Maa-_ja_perenaiste_seltsid, lk 92
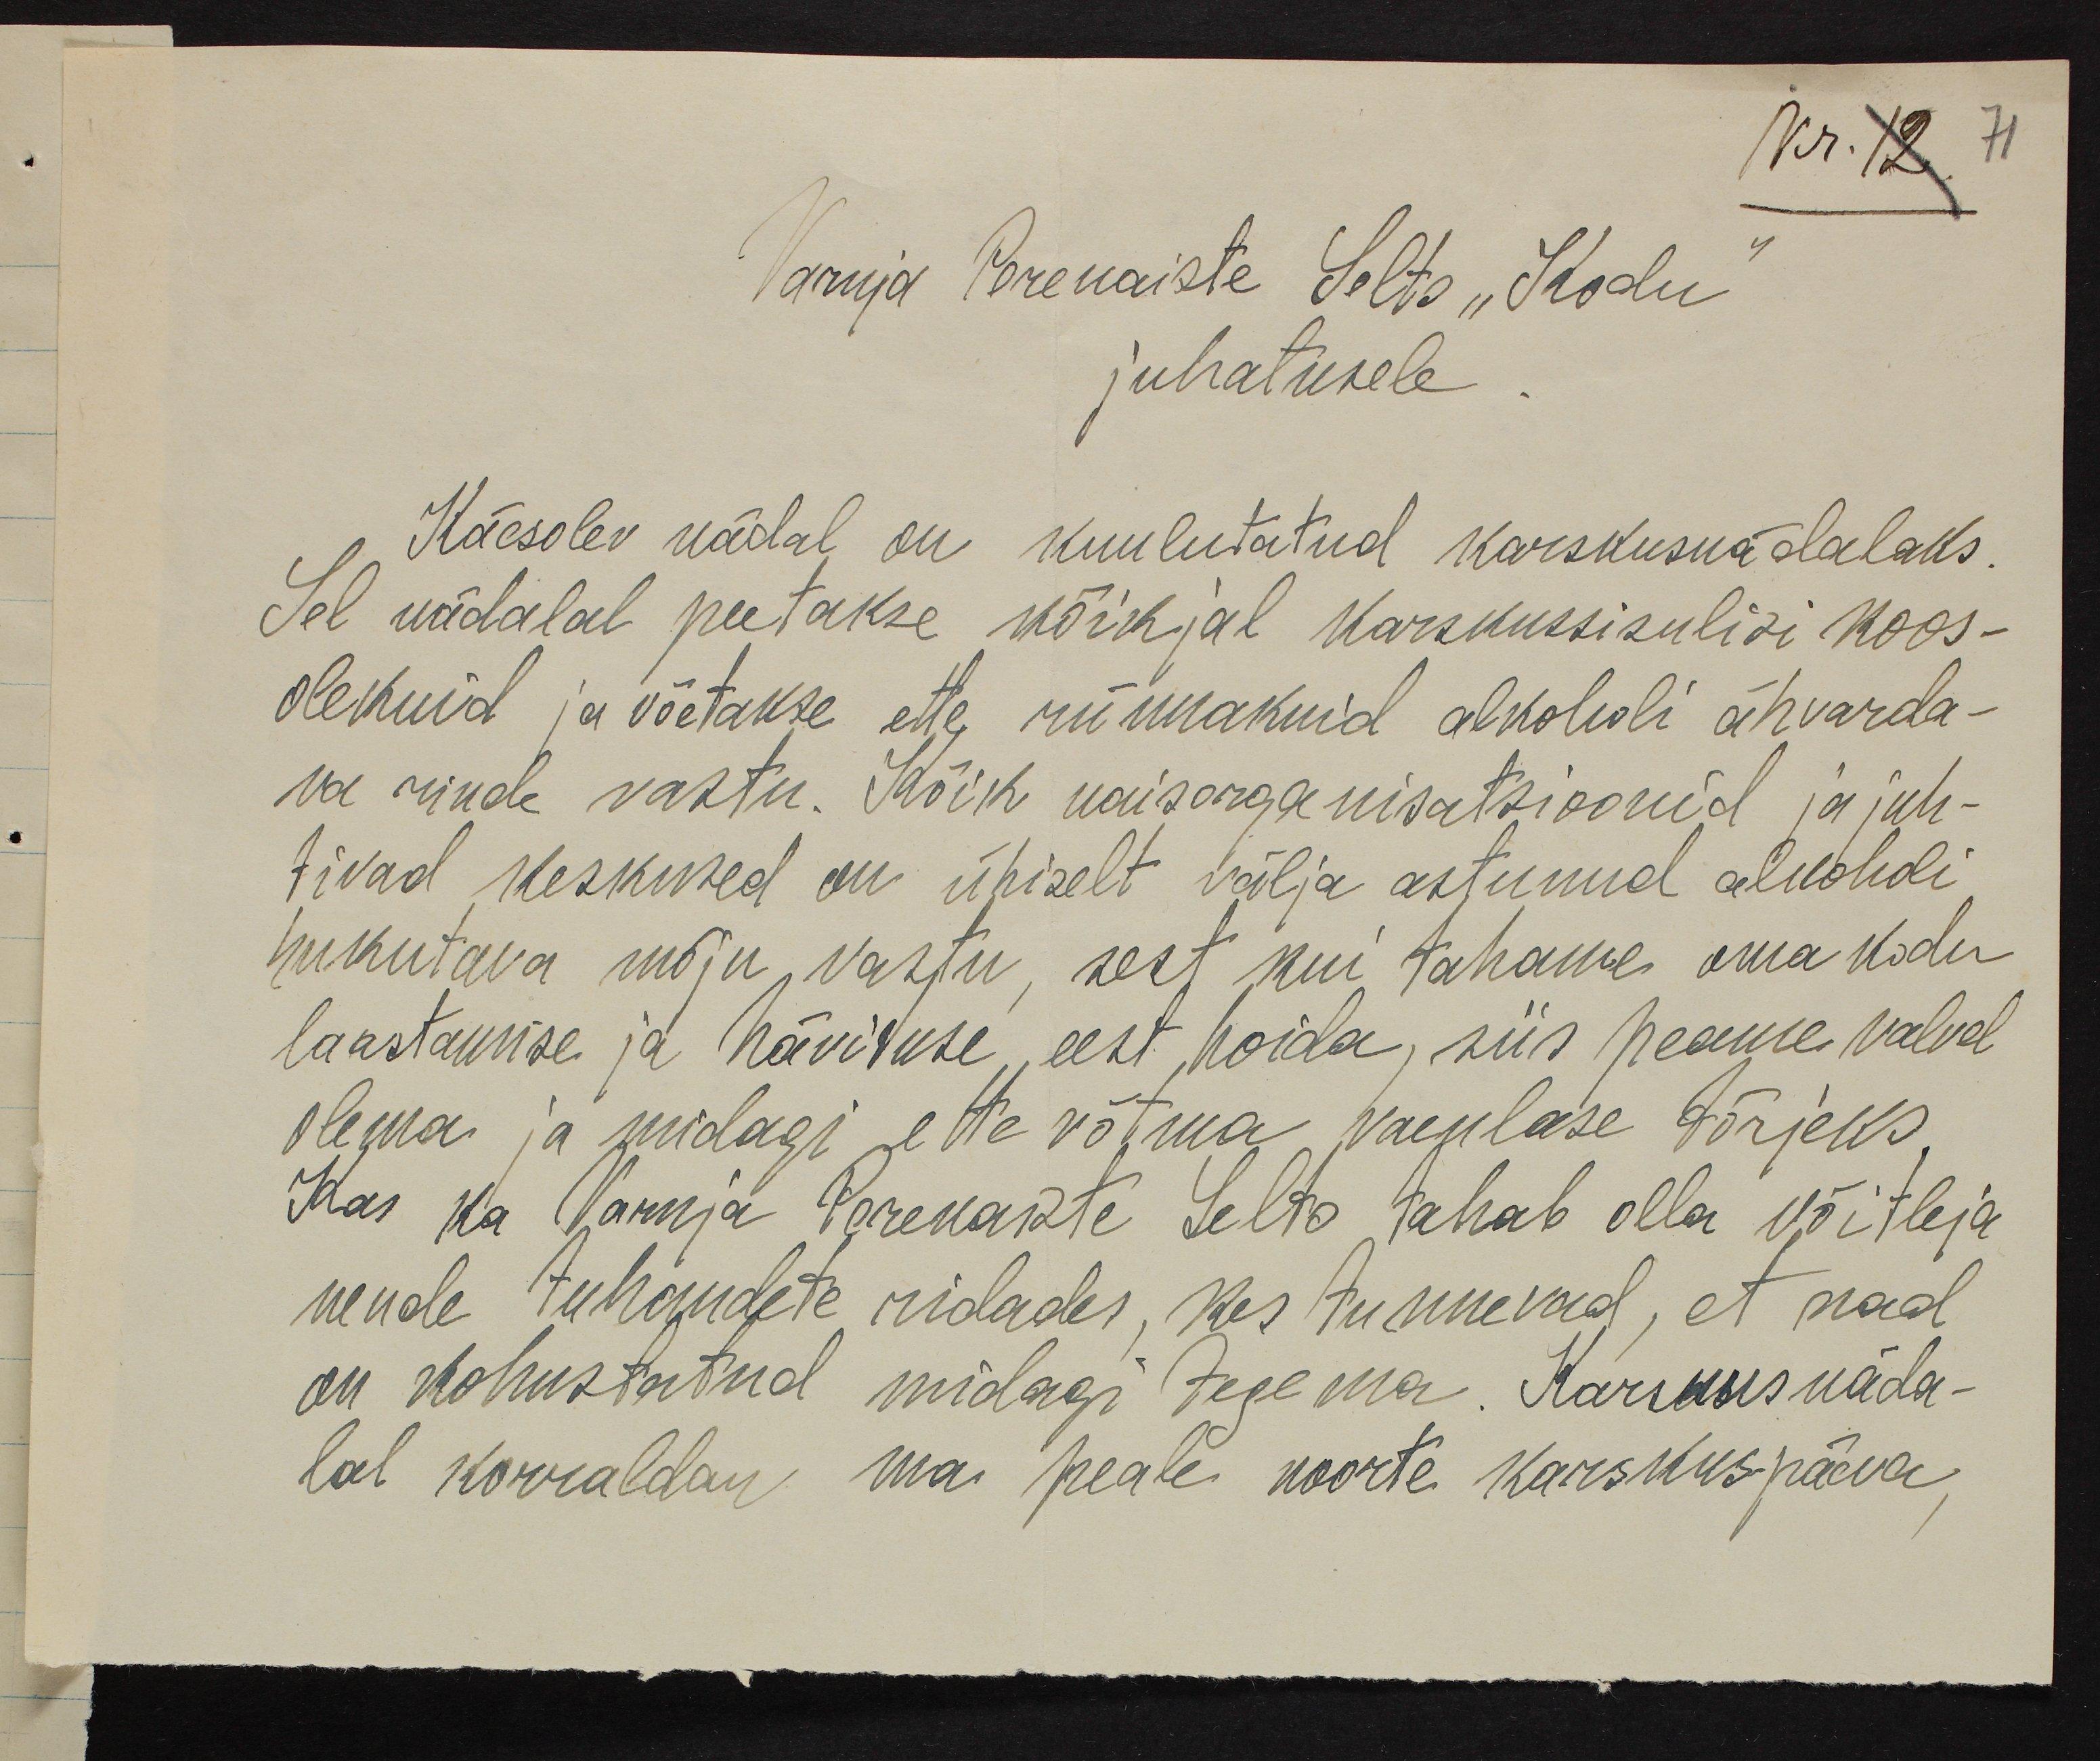
Nr. 12
71
Varnja Perenaiste Selts "Kodu"
juhatusele
Käesolev nädal on kuulutatud karskusnädalaks.
Sel nädalal peetakse kõikjal karskussisulisi koos-
olekuid ja võetakse ette rünnakuid alkoholi ähvarda-
va rinde vastu. Kõik naisorganisatsioonid ja juh-
tivad keskused on ühiselt välja astunud alkoholi
hukutava mõju vastu, sest kui tahame oma kodu
laastamise ja hävituse eest hoida, siis peame valvel
olema ja midagi ette võtma vaenlase tõrjeks.
Kas ka Varnja Perenaiste Selts tahab olla võitleja
nende tuhandete ridades, kes tunnevad, et nad
on kohustatud midagi tegema. Karskusnäda-
lal korraldan ma peale noorte karskuspäeva,